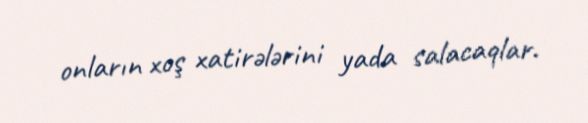
onların xoş xatirələrini yada salacaqlar.